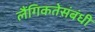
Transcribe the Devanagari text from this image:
लैंगिकतेसंबंधी